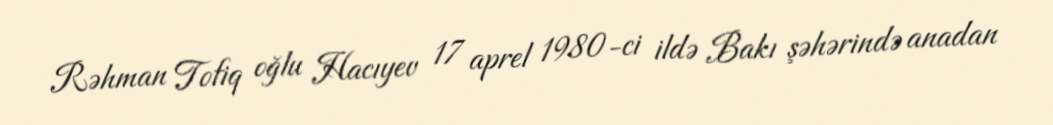
Rəhman Tofiq oğlu Hacıyev 17 aprel 1980-ci ildə Bakı şəhərində anadan